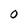
Character: 0